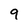
Character: 9